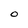
Character: O